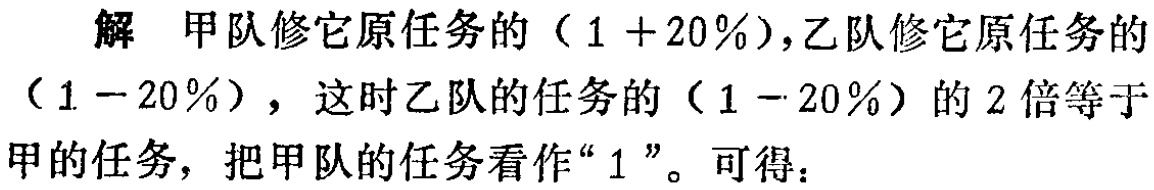
解 甲队修它原任务的（\(1 + 20\%\)），乙队修它原任务的（\(1 - 20\%\)），这时乙队的任务的（\(1 - 20\%\)）的 \(2\) 倍等于甲的任务，把甲队的任务看作“\(1\)”。可得：